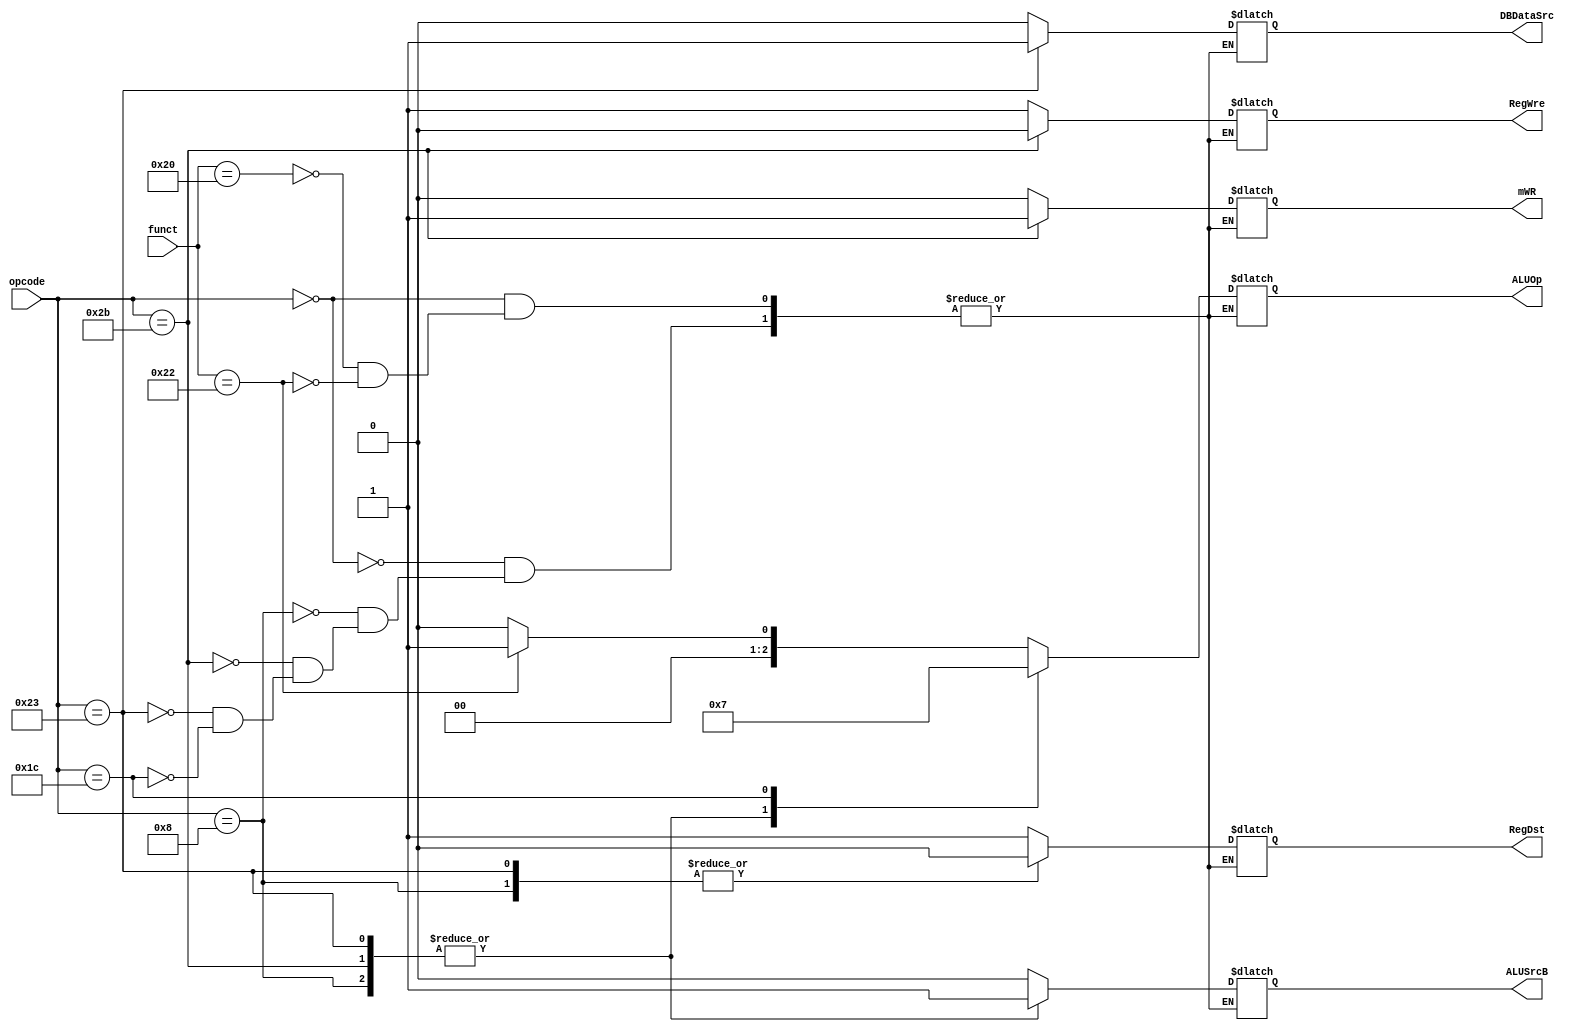
`timescale 1ns / 1ps


module ControlUnit(
    input [5:0] opcode,
    input [5:0] funct,
//    input zero,
//    input sign,
//    output reg PCWre,
//    output reg ALUSrcA,
    output reg ALUSrcB,
    output reg DBDataSrc,
    output reg RegWre,
//    output reg InsMemRW,
//    output reg mRD,
    output reg mWR,
    output reg RegDst,
//    output reg ExtSel,
//    output reg [1:0] PCSrc,
    output reg [2:0] ALUOp
    );
    
        parameter [5:0] sub = 6'b100010,
                     add = 6'b100000,
//                     jr = 6'b001000,
//                     sll = 6'b000000,
//                     srl = 6'b000010,
                     addi = 6'b001000,
//                     ori = 6'b001101,
//                     xori = 6'b001110,
                     lw = 6'b100011,
                     sw = 6'b101011,
//                     beq = 6'b000100,
//                     bne = 6'b000101,
//                     slt = 6'b101010,
//                     slti = 6'b001010,
//                     j = 6'b000010,
//                     jal = 6'b000011,
//                     halt = 6'b111111,
//                     addiu = 6'b001001,
//                     And = 6'b100100,
//                     andi = 6'b001100,
//                     Or =  6'b100101,
//                     jalr = 6'b001001,
//                     lui = 6'b001111,
//                     sllv = 6'b000100,
//                     srlv = 6'b000110,
                     mul = 6'b011100;//i
    always @(opcode or funct) begin
        case(opcode)
            6'b000000: //R
            
            begin   
            case(funct)
            add:begin
//                PCWre <= 1; // add
                { ALUSrcB, DBDataSrc, RegWre, mWR, RegDst} <= 5'b0_0_10_1;
                ALUOp[2:0] <= 3'b000;
            end
//             sllv :begin
//                PCWre <= 1; // add
//                {ALUSrcA, ALUSrcB, DBDataSrc[1:0], RegWre, mRD, mWR, RegDst, ExtSel} <= 10'b00_00_100_1_0;
//                {PCSrc[1:0], ALUOp[2:0]} <= 5'b00_010;
//            end
//            srlv :begin
//                PCWre <= 1; // add
//                {ALUSrcA, ALUSrcB, DBDataSrc[1:0], RegWre, mRD, mWR, RegDst, ExtSel} <= 10'b00_00_100_1_0;
//                {PCSrc[1:0], ALUOp[2:0]} <= 5'b00_011;
//            end
//            sll:begin    // sll
//                PCWre <= 1;
//                {ALUSrcA, ALUSrcB, DBDataSrc[1:0], RegWre, mRD, mWR, RegDst, ExtSel} <= 10'b10_00_100_1_0;
//                {PCSrc[1:0], ALUOp[2:0]} <= 5'b00_010;
//            end
//            srl:begin    // srl
//                PCWre <= 1;
//                {ALUSrcA, ALUSrcB, DBDataSrc[1:0], RegWre, mRD, mWR, RegDst, ExtSel} <= 10'b10_00_100_1_0;
//                {PCSrc[1:0], ALUOp[2:0]} <= 5'b00_011;
//            end            
            sub:begin
//                PCWre <= 1; // sub
                { ALUSrcB, DBDataSrc, RegWre, mWR, RegDst} <= 5'b0_0_10_1;
                ALUOp[2:0] <= 3'b001;
            end
//            And: begin    // and
//                PCWre <= 1;
//                {ALUSrcA, ALUSrcB, DBDataSrc[1:0], RegWre, mRD, mWR, RegDst, ExtSel} <= 10'b00_00_100_1_0;
//                {PCSrc[1:0], ALUOp[2:0]} <= 5'b00_100;
//            end      
            
//            Or: begin    // or
//                PCWre <= 1;
//                {ALUSrcA, ALUSrcB, DBDataSrc[1:0], RegWre,mRD, mWR, RegDst, ExtSel} <= 10'b00_00_100_1_0;
//                {PCSrc[1:0], ALUOp[2:0]} <= 5'b00_110;
//            end   
            
//            slt:begin
//                PCWre <= 1; // slt
//                {ALUSrcA, ALUSrcB, DBDataSrc[1:0], RegWre, mRD, mWR, RegDst, ExtSel} <= 10'b00_00_100_1_0;
//                {PCSrc[1:0], ALUOp[2:0]} <= 5'b00_101;
//            end
            
//            jr: begin    // jr
//                PCWre <= 1;
//                {ALUSrcA, ALUSrcB, DBDataSrc[1:0], RegWre, mRD, mWR, RegDst, ExtSel} <= 10'b00_00_0_00_0_0;
//                {PCSrc[1:0], ALUOp[2:0]} <= 5'b11_000;
//            end
            
//           jalr: begin    // jr
//                PCWre <= 1;
//                {ALUSrcA, ALUSrcB, DBDataSrc[1:0], RegWre, mRD, mWR, RegDst, ExtSel} <= 10'b00_10_1_00_0_0;
//                {PCSrc[1:0], ALUOp[2:0]} <= 5'b11_000;
//            end
            endcase
            end
            
            addi: begin    // addi
//                PCWre <= 1;
                {ALUSrcB, DBDataSrc, RegWre, mWR, RegDst} <= 5'b1_0_10_0;
                 ALUOp[2:0] <= 3'b000;
            end
//            andi: begin    // andi
//                PCWre <= 1;
//                {ALUSrcA, ALUSrcB, DBDataSrc[1:0], RegWre, mRD, mWR, RegDst, ExtSel} <= 10'b01_00_100_0_0;
//                {PCSrc[1:0], ALUOp[2:0]} <= 5'b00_100;
//            end

//            ori: begin    // ori
//                PCWre <= 1;
//                {ALUSrcA, ALUSrcB, DBDataSrc[1:0], RegWre, mRD, mWR, RegDst, ExtSel} <= 10'b01_00_100_0_0;
//                {PCSrc[1:0], ALUOp[2:0]} <= 5'b00_110;
//            end
//            lui: begin    // lui
//                PCWre <= 1;
//                {ALUSrcA, ALUSrcB, DBDataSrc[1:0], RegWre,mRD, mWR, RegDst, ExtSel} <= 10'b00_11_100_0_0;
//                {PCSrc[1:0], ALUOp[2:0]} <= 5'b00_000;
//            end
//            slti: begin    // slti
//                PCWre <= 1;
//                {ALUSrcA, ALUSrcB, DBDataSrc[1:0], RegWre, mRD, mWR, RegDst, ExtSel} <= 10'b01_00_100_0_1;
//                {PCSrc[1:0], ALUOp[2:0]} <= 5'b00_101;
//            end
            sw: begin    // sw
//                PCWre <= 1;
                { ALUSrcB, DBDataSrc, RegWre, mWR, RegDst} <= 5'b1_z_01_z;
                ALUOp[2:0] <= 3'b000;
            end
            lw: begin    // lw
//                PCWre <= 1;
                { ALUSrcB, DBDataSrc, RegWre,mWR, RegDst} <= 5'b1_1_10_0;
                ALUOp[2:0] <= 3'b000;
            end
//            beq: begin    // beq
//                PCWre <= 1;
//                {ALUSrcA, ALUSrcB, DBDataSrc[1:0], RegWre, mRD, mWR, RegDst, ExtSel} <= 10'b00_00_000_0_1;
//                PCSrc[1:0] <= (zero==1) ? 2'b01 : 2'b00;
//                ALUOp[2:0] <= 3'b001;
//            end
//            bne: begin    // bne
//                PCWre <= 1;
//                {ALUSrcA, ALUSrcB, DBDataSrc[1:0], RegWre, mRD, mWR, RegDst, ExtSel} <= 10'b00_00_000_0_1;
//                PCSrc[1:0] <= (zero==0) ? 2'b01 : 2'b00;
//                ALUOp[2:0] <= 3'b001;
//            end
//            j: begin    // j
//                PCWre <= 1;
//                {ALUSrcA, ALUSrcB, DBDataSrc[1:0], RegWre, mRD, mWR, RegDst, ExtSel} <= 10'b00_00_0_00_0_0;
//                {PCSrc[1:0], ALUOp[2:0]} <= 5'b10_000;
//            end
//            jal: begin    // jal
//                PCWre <= 1;
//                {ALUSrcA, ALUSrcB, DBDataSrc[1:0], RegWre, mRD, mWR, RegDst, ExtSel} <= 10'b00_10_1_00_0_0;
//                {PCSrc[1:0], ALUOp[2:0]} <= 5'b10_000;
//            end                        
//            halt: begin    // halt
//                PCWre <= 0;
//                {ALUSrcA, ALUSrcB, DBDataSrc[1:0], RegWre,  mRD, mWR, RegDst, ExtSel} <= 10'b00_00_0_00_0_0;
//                {PCSrc[1:0], ALUOp[2:0]} <= 5'b11_000;
//            end
            mul:begin
//                PCWre <= 1; // add
                {ALUSrcB, DBDataSrc, RegWre, mWR, RegDst} <= 5'b0_0_10_1;
                ALUOp[2:0] <= 3'b111;
            end            
        endcase
    end
    
endmodule